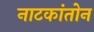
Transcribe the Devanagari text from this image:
नाटकांतोन